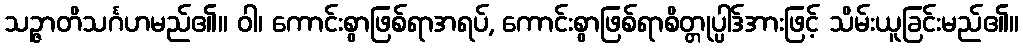
သဉ္ဇာတိသင်္ဂဟမည်၏။ ဝါ၊ ကောင်းစွာဖြစ်ရာအရပ်, ကောင်းစွာဖြစ်ရာစိတ္တုပ္ပါဒ်အားဖြင့် သိမ်းယူခြင်းမည်၏။